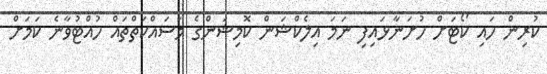
ކުރިން ހައި ކޯޓަށް ހުށަނާޅައިފި ނަމަ އިލެކްޝަން ކޮމިޝަންގެ މަސައްކަތްތައް ހުއްޓުވާނެ ކަމަށް